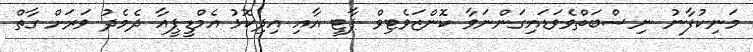
މަނިކުފާނު ނިސްބަތްވެވަޑައިގަންނަވާ ކޮންޒަވެޓިވް ޕާޓީ އާއި އިދިކޮޅު އެމްޑީޕީއާ ދެމެދު ވަރަށް ގާތް